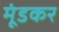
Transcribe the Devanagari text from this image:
मूंडकर